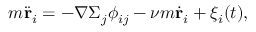
m \ddot { \mathbf { r } } _ { i } = - \nabla \Sigma _ { j } \phi _ { i j } - \nu m \dot { \mathbf { r } } _ { i } + \xi _ { i } ( t ) ,